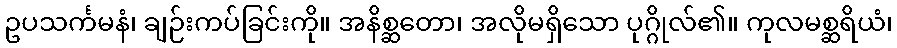
ဥပသင်္ကမနံ၊ ချဉ်းကပ်ခြင်းကို။ အနိစ္ဆတော၊ အလိုမရှိသော ပုဂ္ဂိုလ်၏။ ကုလမစ္ဆရိယံ၊